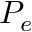
P _ { e }